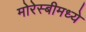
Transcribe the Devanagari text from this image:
मोरेस्बीमध्ये